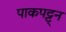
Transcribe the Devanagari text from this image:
पाकपट्ट्न